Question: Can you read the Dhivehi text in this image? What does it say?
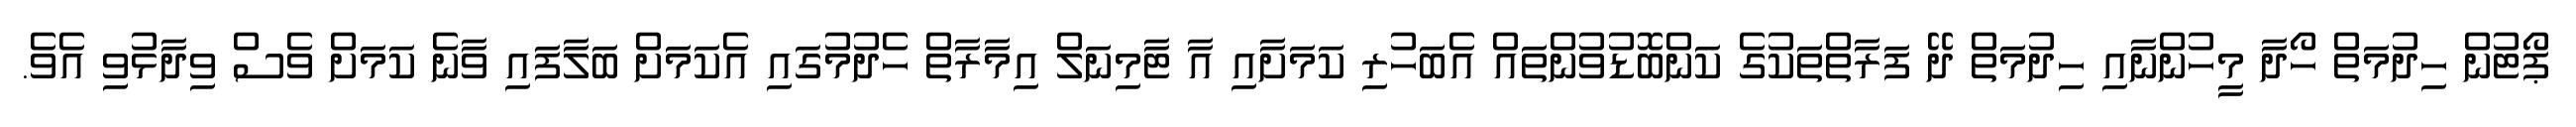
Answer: ޕޯޓުން ހިދުމަތް ހޯދާ މީހުންނާއި ހިދުމަތް ދޭ ފަރާތްތަކުގެ ކަންބޮޑުވުންތައް އެބަހުރި ކަމަށާއި އާ ޓާމިނަލް އިމާރާތް ހެދުމުގައި އެކަމަށް ބަލާފައި ވާނެ ކަމަށް ވެސް ވިދާޅުވި އެވެ.